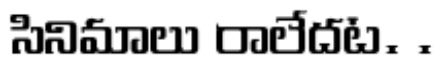
సినిమాలు రాలేదట. .